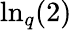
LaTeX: {\mathrm{ln}}_{q}(2)